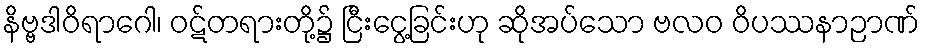
နိဗ္ဗဒါဝိရာဂေါ၊ ဝဋ်တရားတို့၌ ငြီးငွေ့ခြင်းဟု ဆိုအပ်သော ဗလဝ ဝိပဿနာဉာဏ်